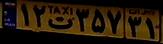
۱۲ت۳۵۷۳۱